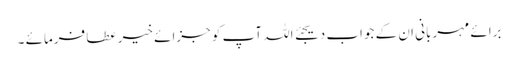
برائے مہربانی ان کے جواب دیجئے اللہ آپ کو جزائے خیر عطا فرمائے ۔